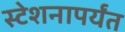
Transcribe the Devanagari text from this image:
स्टेशनापर्यंत